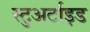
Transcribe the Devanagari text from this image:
स्टुअर्टाइड